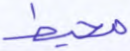
محيط